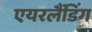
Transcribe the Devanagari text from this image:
एयरलैंडिंग